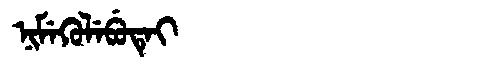
Manchu: ᠨᡳᠮᡝᡴᡠᠯᡝᠪᡠᡨᡝᡳ
Romanization: NIMEKULEBUTEI